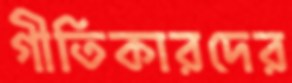
গীতিকারদের